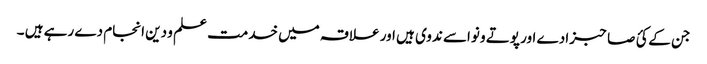
جن کے کئ صاحبزادے اور پوتے و نواسے ندوی ہیں اور علاقہ میں خدمت علم و دین انجام دے رہے ہیں ۔